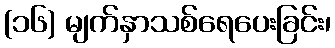
(၁၆) မျက်နှာသစ်ရေပေးခြင်း၊